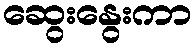
ဆွေးနွေးကာ